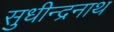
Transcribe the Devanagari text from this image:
सुधीन्द्रनाथ